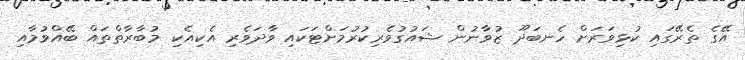
އޭގެ ތެރޭގައި ކުޅިވަރަށް ހެނބަދޫ ޒުވާނުން ޝައުގުވެރިކުރުމަށްޓަކައި ވާދަވެރި އެކިއެކި މުބާރާތްތައް ބޭއްވުމާއި